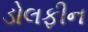
ડોલફીન